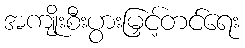
အကျိုးစီးပွားမြှင့်တင်ရေး